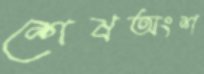
শেষঅংশ